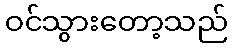
ဝင်သွားတော့သည်